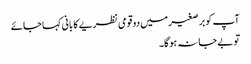
آپ کو برصغیر میں دو قومی نظریے کا بانی کہا جائے
تو بے جا نہ ہوگا۔